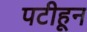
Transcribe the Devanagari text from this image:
पटीहून